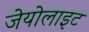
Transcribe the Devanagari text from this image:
जेयोलाइट